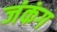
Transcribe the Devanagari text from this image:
जंकंग